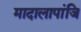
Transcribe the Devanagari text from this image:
मादालापांजि